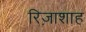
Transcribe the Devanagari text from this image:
रिज़ाशाह